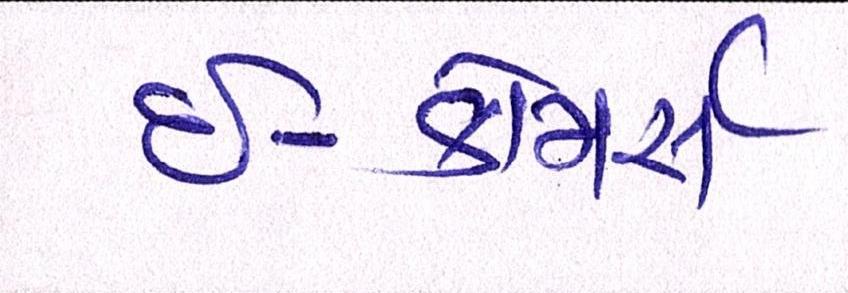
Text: ઇ-કોમસૅ